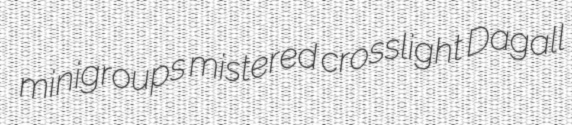
minigroups mistered crosslight Dagall